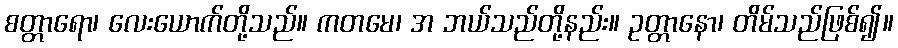
စတ္တာရော၊ လေးယောက်တို့သည်။ ကတမေ၊ အ ဘယ်သည်တို့နည်း။ ဥတ္တာနော၊ တိမ်သည်ဖြစ်၍။